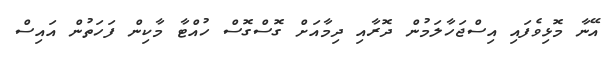
އޭނާ މޮޅިވެފައި އިސްޖަހާލަމުން ދޮރާއި ދިމާއަށް ގޮސްގޮސް ހުއްޓާ މާކިން ފަހަތުން އައިސް